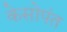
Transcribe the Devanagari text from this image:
केसोपंत